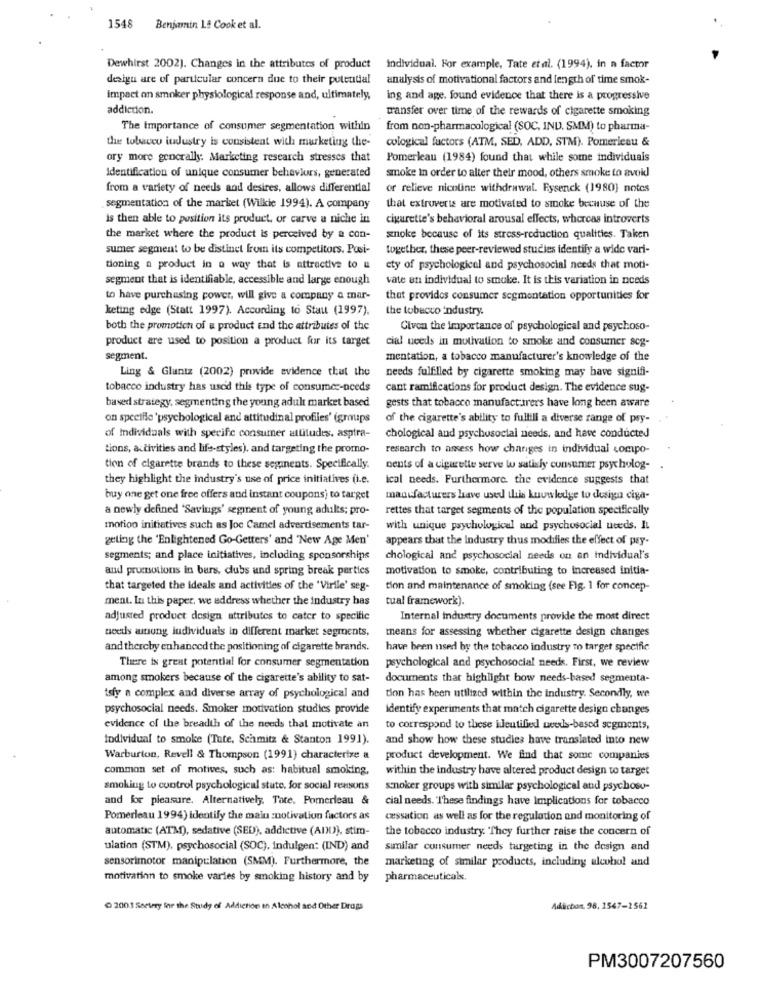
1548 Benjamin 1.ª Cook et al.
Dewhirst 2002). Changes in the attributes of product
individual. For example, Tate etal. (1994), in a factor
desigu are of particular concern due to their potential
analysis of motivational factors and length of time smok-
impact on smoker physiological response and, ultimately,
ing and age. found evidence that there is a progressive
addiction.
transfer over time of the rewards of cigarette smoking
The importance of consumer segmentation within
from non-pharmacological (SOC, IND. SMM) to pharma-
the tobacco industry is consistent with marketing the-
cological factors (ATM, SED, ADD, STM). Pomerleau &
ory more generally: Marketing research stresses that
Pomerleau (1984) found that while some individuals
Identification of unique consumer behaviors, generated
smoke in order to alter their mood, others smoke to avoid
from a variety of needs and desires, allows differential
or relieve nicotine withdrawal. Eysenck (1980) notes
segmentation of the market (Wilkie 1994). A company
that extrovert are motivated to smoke because of the
is then able to position its product, or carve a niche in
cigarette's behavioral arousal effects, whereas introverts
the market where the product is perceived by a con-
snoke because of its stress-reduction qualities. Taken
sumer segment to be distinct from its competitors. Pusi-
together, these peer-reviewed studies identify a wide vari-
tioning a product in a way that is attractive to &
cty of psychological and psychosocial needs that moti-
segment that is identifiable, accessible and large enough
vate an individual to smoke. It is this variation in needs
to have purchasing power, will give a company a mar-
that provides consumer segmentation opportunities for
keting edge (Statt 1997). According to Stau (1997).
the tobacco industry.
both the promotion of a product and the attributes of the
Civon the importance of psychological and psychoso-
product are used to position a product for its target
cial needs in motivation to smoke and consumer seg-
segment.
mentation, a tobacco manufacturer's knowledge of the
Ling & Glantz (2002) provide evidence that the
needs fulfilled by cigarette smoking may have signifi-
tobacco industry has used this type of consumer-needs
cant ramifications for product design. The evidence sug-
based strategy, segmenting the young adult market based
gests that tobacco manufacturers have long been aware
on specific 'psychological and attitudinal profiles' (groups
of the cigarette's ability to fulfill a diverse range of psy-
of Individuals with specific consumer attitudes. asptra-
chological and psychosocial needs, and have conducted
tions, activities and life-styles), and targeting the promo-
research to assess how changes in individual compo
tion of cigarette brands to these seganents. Specifically.
cents of a cigarette serve w satisfy consumer psycholog-
they highlight the industry's use of price initiatives (i.e.
ical needs. Furthermore, the evidence suggests that
buy one get one free offers and instant coupons) to target
manufacturers have used this knowledge to design ciga-
a newly defined 'Savings' segment of young adults; pro-
rettes that target segments of the population specifically
motion initiatives such as Joc Camel advertisements tar-
with unique psychological and psychosocial uweds. It
geling the 'Enlightened Go-Getters' and 'New Age Men'
appears that the Industry thus modifies the effect of pay-
segments; and place initiatives, including sponsorships
chological and psychosocial needs on an individual's
and promotions in bars, clubs and spring break partics
motivation to smoke, contributing to increased initia-
that targeted the ideals and activities of the 'Virile' seg-
tion and maintenance of smoking (see Fig. 1 for concep-
ment. In this paper, we address whether the industry has
tual framework).
adjusted product design attributes to cater to specific
Internal industry documents provide the most direct
beets among individuals in different market segments,
means for assessing whether cigarette design changes
and thereby enhanced the positioning of cigarette brands.
have been used by the tobacco industry To target specific
There is great potential for consumer segmentation
psychological and psychosocial needs. First, we review
among smokers because of the cigarette's ability to sat-
documents that highlight bow needs-based segmenta-
tsfy a complex and diverse array of psychological and
tion has been utilized within the industry. Secondly, we
psychosocial needs. Smoker motivation studies provide
identify experiments that match cigarette design changes
evidence of the breadth of the needs thal motivate an
to correspond to these identified ueexis-based segments,
individual to smoke (Tate, Schmitz & Stanton 1991).
and show how these studies have translated into new
Warburton, Revell & Thompson (1991) characterize a
product development. We find that some companies
common set of motives, such as: habitual smoking,
within the industry have altered product design to target
smoking to control psychological state, for social reasons
snoker groups with similar psychological and psychosu-
and for pleasure. Alternatively. Tate. Pomerleau &
cial needs. These findings have Implications for tobacco
Pomerleau 1994) identify the main motivation factors as
cassation as well as for the regulation and monitoring of
automatic (ATM), sedative (SED), addictive (ADD), stim-
the tobacco industry. "They further raise the concern of
ulation (STM), psychosocial (SOC), indulgen: (IND) and
similar consumer needs targeting in the design and
sensorimotor manipulation (SMM). Furthermore, the
marketing of similar products, including alcohol and
motivation to smoke varies by smoking history and by
pharmaceuticals.
2003 Seetery for the Study of Addiction to Alcohol and Other Drugs
Adicton, 98, 1547-1561
PM3007207560